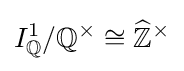
I_{\mathbb {Q} }^{1}/\mathbb {Q} ^{\times }\cong {\widehat {\mathbb {Z} }}^{\times }